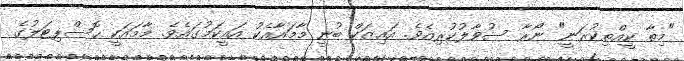
"މިތާ ކީއްތިކުރަނީ" ނޯރާ ސުވާލުކުރިއެވެ. އައިޒަކް ބުނީ މާމައާއެކު އައީކަމުގައެވެ. މާމައަކީ ހޮސްޕިޓަލުގެ